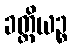
ခတ္တိယဉ္စ